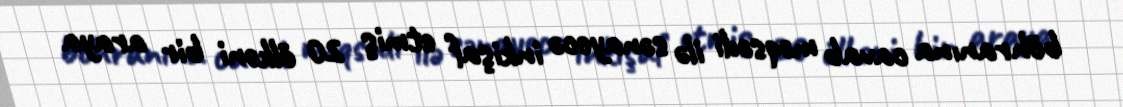
böhranına cavab məqsədi ilə sənayecə inkişaf etmiş 20 ölkəni bir araya